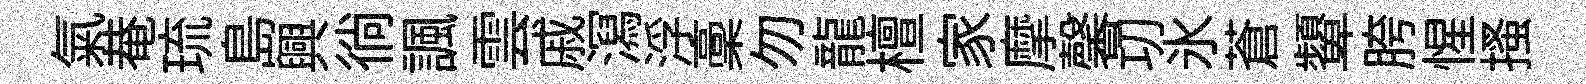
氣𤲅琉島興徜諷雲戚㵼浮稾勿龍檀家摩馨㓛氷蒼顰胯惺搔